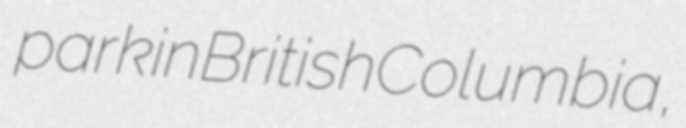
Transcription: park in British Columbia,